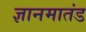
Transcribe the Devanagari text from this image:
ज्ञानमातंड